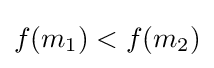
f(m_{1})<f(m_{2})